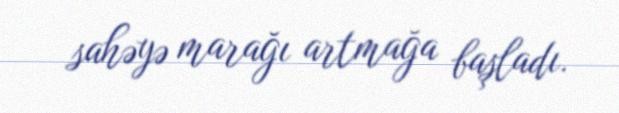
sahəyə marağı artmağa başladı.